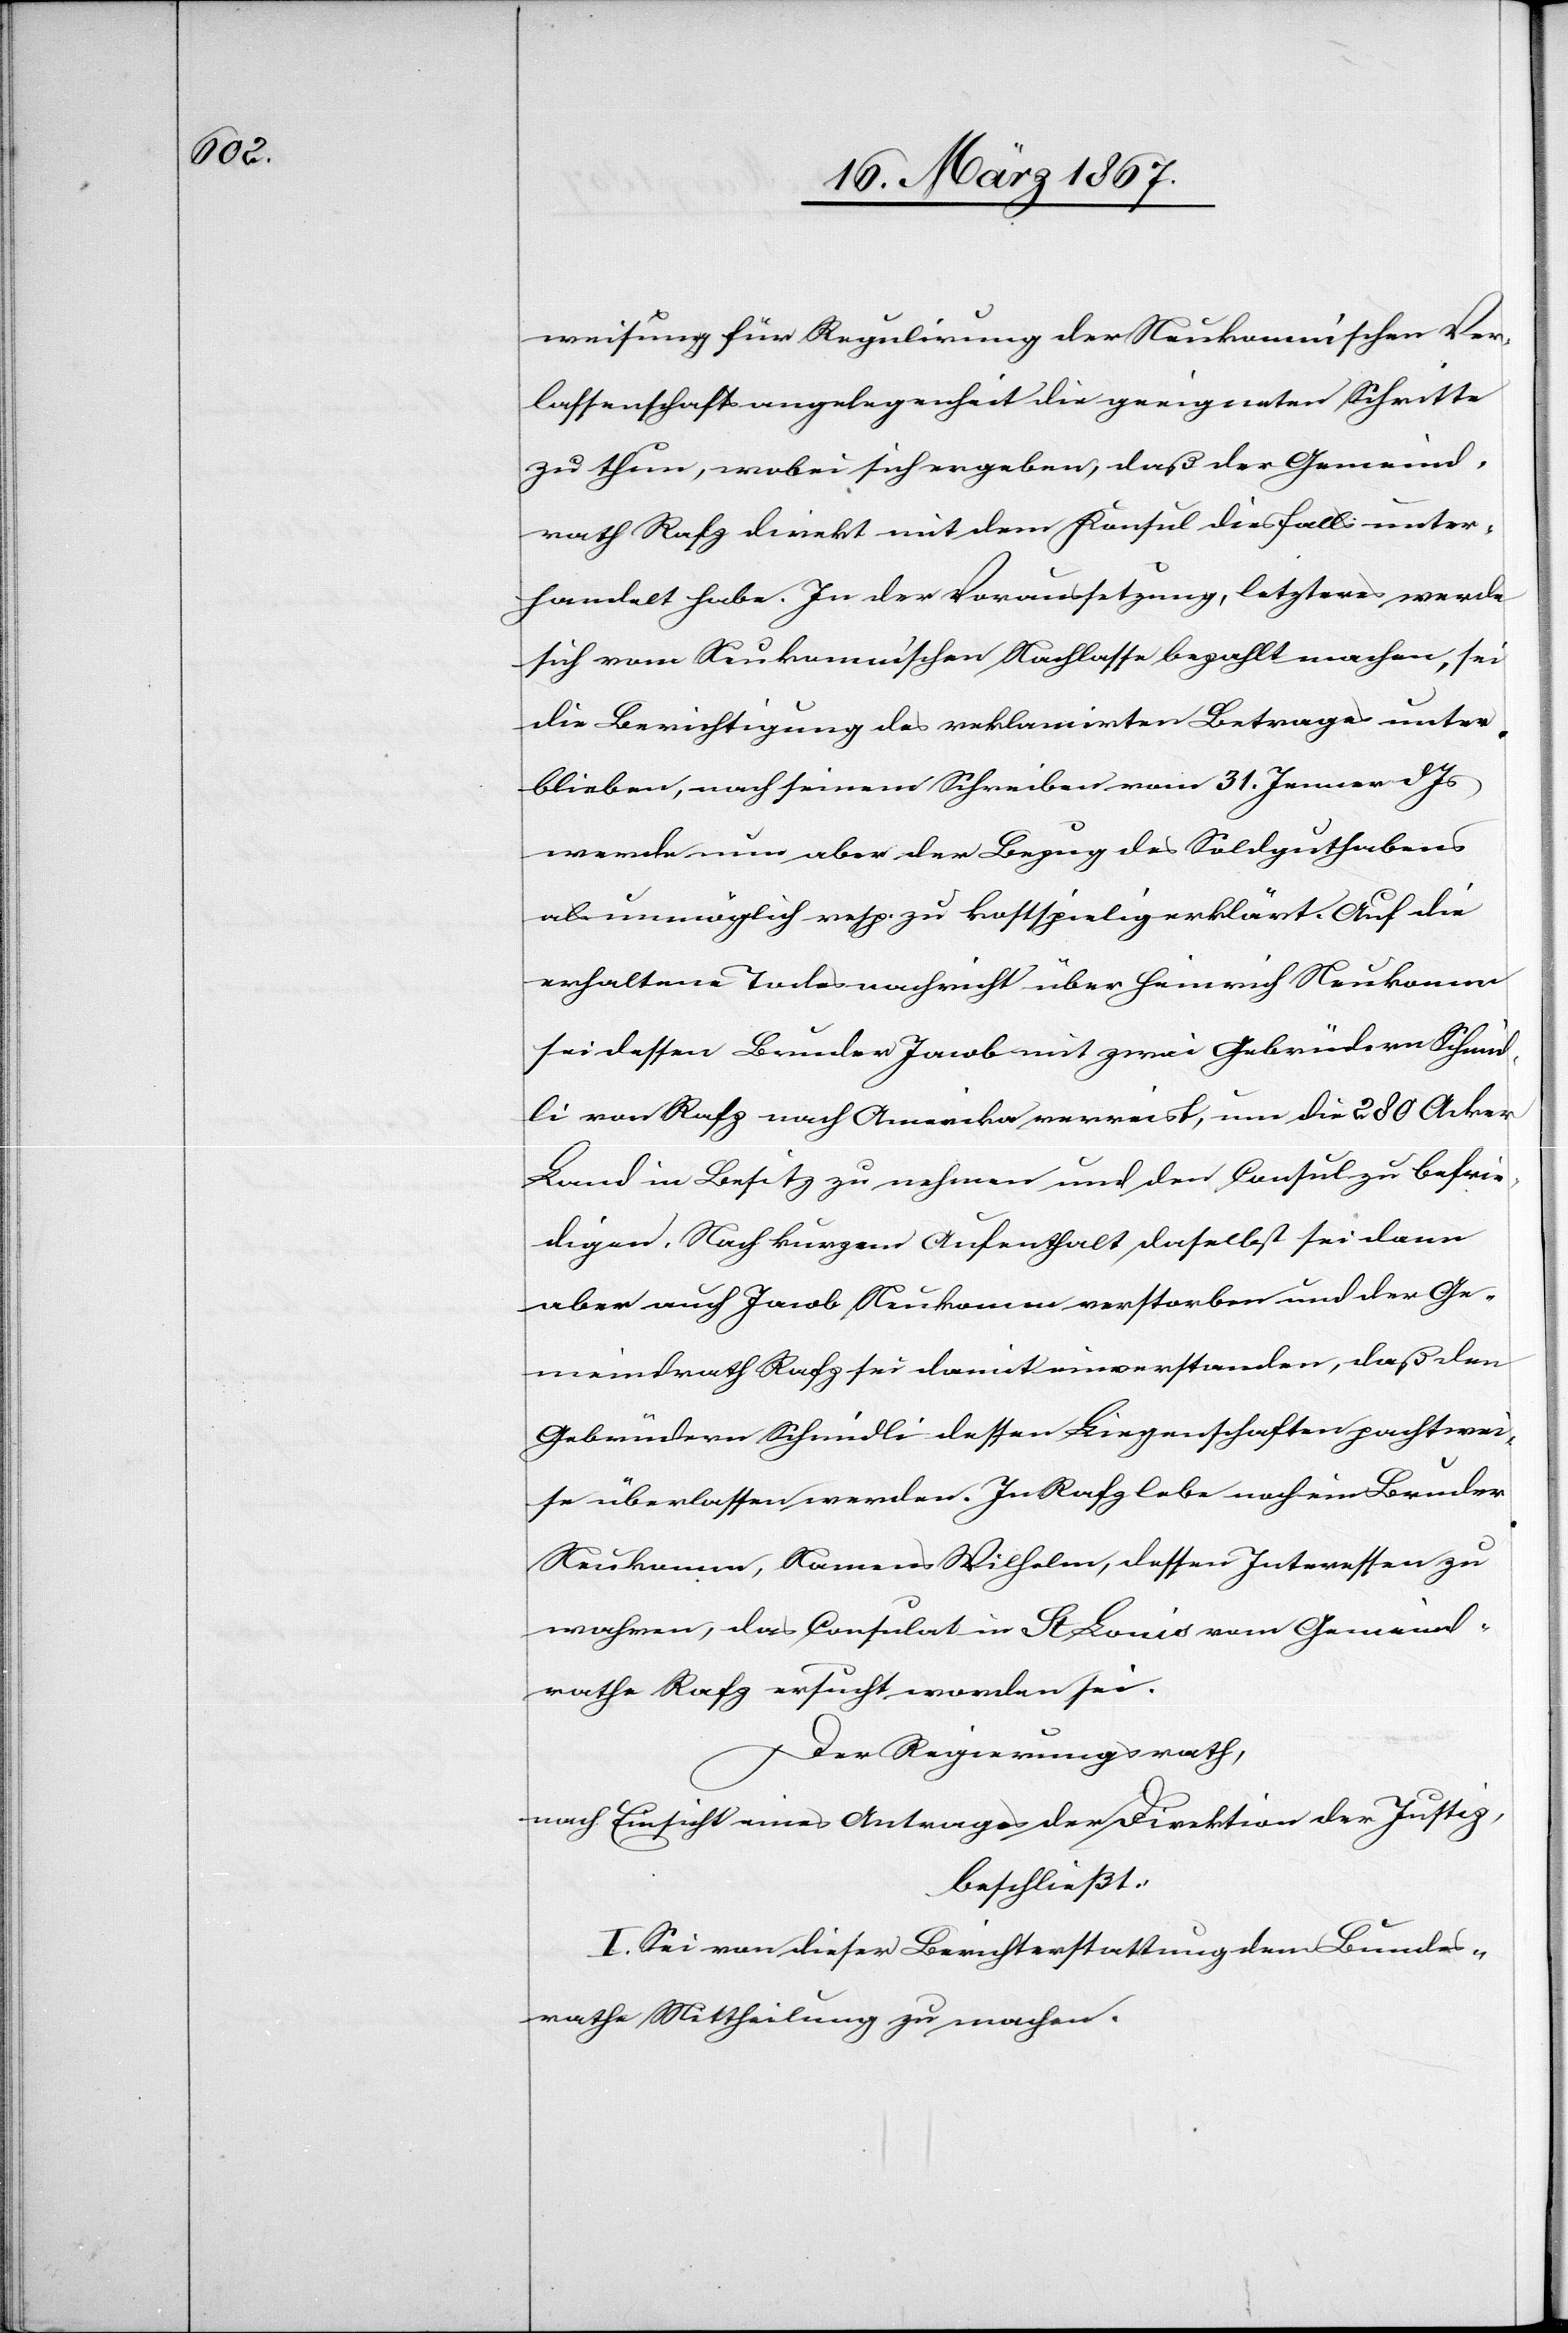
weisung für Regulirung der Neukomm’schen Ver¬
lassenschaftsangelegenheit die geeigneten Schritte
zu thun, wobei sich ergeben, daß der Gemeind¬
rath Rafz direkt mit dem Konsul diesfalls unter¬
handelt habe. In der Voraussetzung, letzteres werde
sich vom Neukomm’schen Nachlasse bezahlt machen, sei
die Berichtigung des reklamirten Betrages unter¬
blieben, nach seinem Schreiben vom 31. Jenner d. Js
werde nun aber der Bezug des Soldguthabens
als unmöglich resp. zu kostspielig erklärt. Auf die
erhaltene Todesnachricht über Heinrich Neukomm
sei dessen Bruder Jacob mit zwei Gebrüdern Schmid¬
li von Rafz nach Amerika verreist, um die 280 Acker
Land in Besitz zu nehmen und den Consul zu befri¬
digen. Nach kurzem Aufenthalt daselbst sei dann
aber auch Jacob Neukomm verstorben und der Ge¬
meindrath Rafz sei damit einverstanden, daß den
Gebrüdern Schmidli dessen Liegenschaften pachtwei¬
se überlassen werden. In Rafz lebe noch ein Bruder
Neukomm, Namens Wilhelm, dessen Interessen zu
wahren, das Consulat in St. Louis vom Gemeind¬
rathe Rafz ersucht worden sei.
Der Regierungsrath,
nach Einsicht eines Antrages der Direktion der Justiz,
beschließt:
I. Sei von dieser Berichterstattung dem Bundes¬
rathe Mittheilung zu machen.